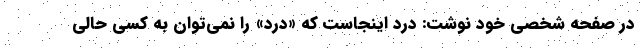
در صفحه شخصی خود نوشت: درد اینجاست که «درد» را نمی‌توان به کسی حالی